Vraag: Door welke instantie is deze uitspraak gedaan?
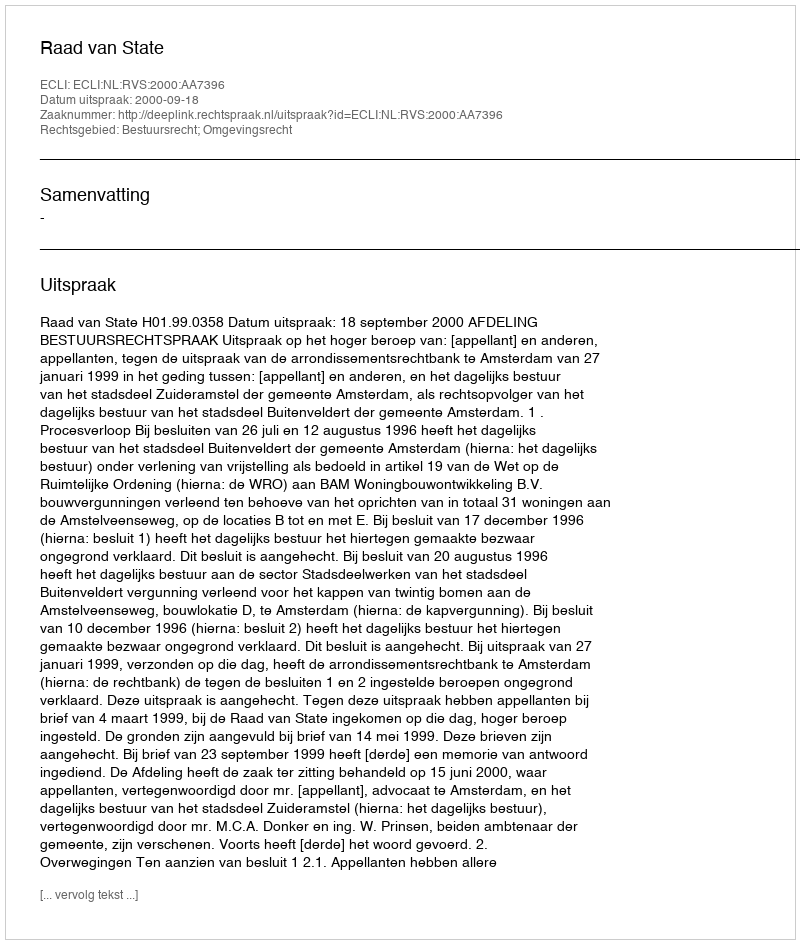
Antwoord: Raad van State